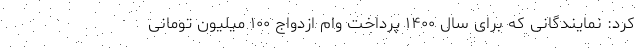
کرد: نمایندگانی که برای سال ۱۴۰۰ پرداخت وام ازدواج ۱۰۰ میلیون تومانی